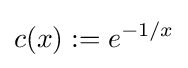
c(x):=e^{-1/x}